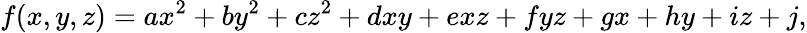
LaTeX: f(x,y,z)=ax^{2}+by^{2}+cz^{2}+dxy+exz+fyz+gx+hy+iz+j,